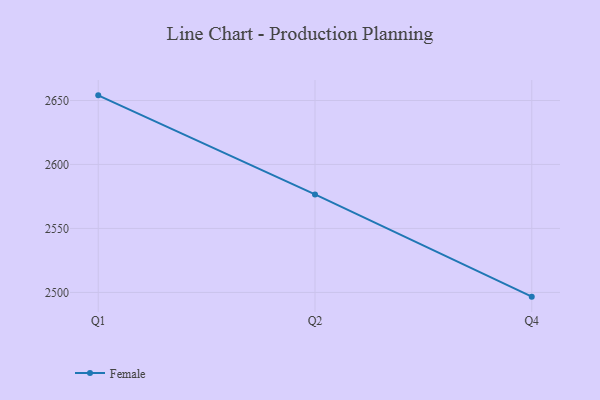
{"axis": {"x": "Quarter", "y": "Churn Rate (%)"}, "legend": ["Female"], "data": [{"x": "Q1", "y": 2654.0, "type": "Female"}, {"x": "Q2", "y": 2576.6, "type": "Female"}, {"x": "Q4", "y": 2496.7, "type": "Female"}]}